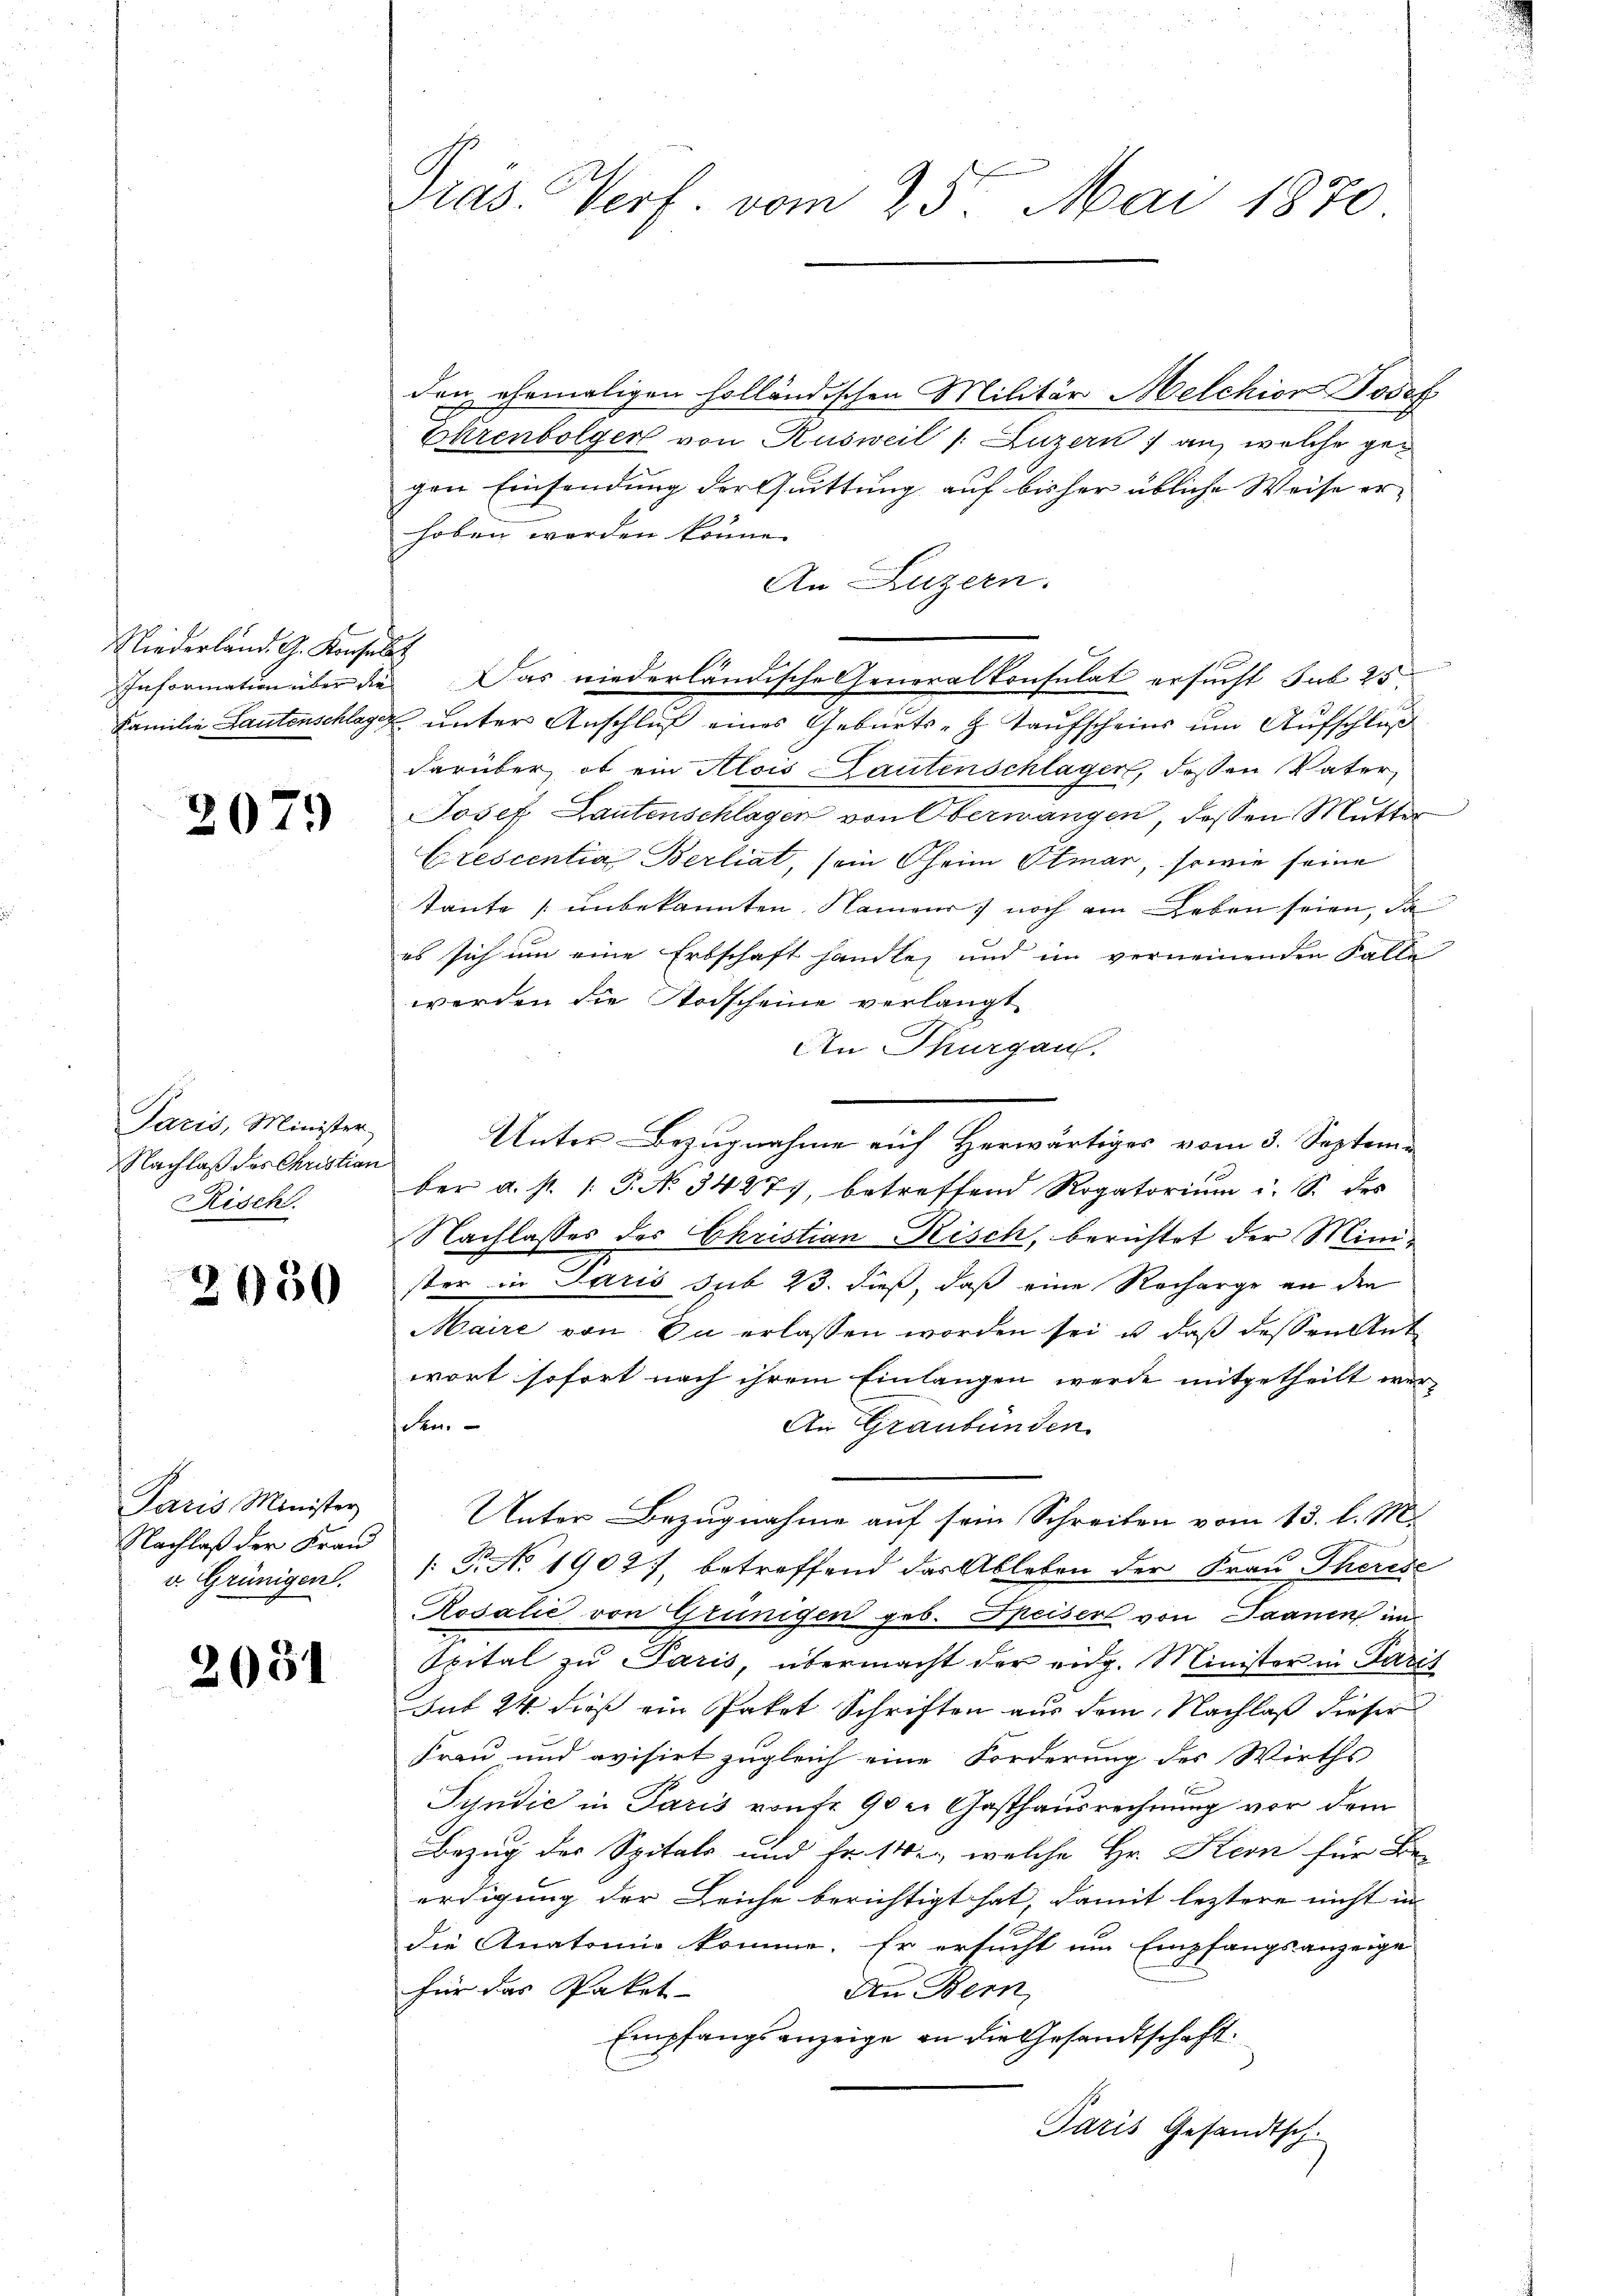
Niederland. G. Konsulat

2079

Paris, Minister-
Nachlaß des Christian
Risch.

2930

Paris Minister
Nachlaß der Fran
v. Grünigen.

2031

Präs. Vorf vom 25. Mai 1870

den ehemaligen holländischen Militär Melchior Josef
Ehrenbolger von Rusweil /: Luzern an, welche gegen Einsendung der Quittung auf bisher übliche Weise erhoben werden könne.
An Luzern.
Familie Lautenschlager unter Anschluß eines Geburts-G. Taufscheins um Aufschluß
darüber ob ein Alois Lautenschlager, dessen Vater
Josef Lautenschlagen von Obermangen, dessen Mutter
Crescentia Berliat, sein Oheim Elmar, sowie seine
tante unbekannten Namens noch am Leben seien, da
es sich um eine Erbschaft handle, und im verneinenden Falle
werden die Todscheine verlangt
An Thurgau.
Unter Bezugnahme auf Herwärtiger vom 3. September a. s. 1. P. N. 34277, betreffend Rogatoriŭm u. S. des
Nachlasses des Christian Risch, berichtet der Minister in Paris sub 23. dieß, daß eine Recharge an den
Maire von Du erlassen worden sei, u. daß dessen Antwort sofort nach ihrem Einlangen werde mitgetheilt werden.
An Graubünden
Unter Bezugnahme auf sein Schreiben vom 13. l. M.
/B. No 1902), betreffend das Ableben der Frau Therese
Rosalie von Grünigen geb. Speiser von Saanen im
Spital zu Paris, übermacht der eidg. Minister in Paris
ut 24 dieß ein Paket Schriften aus dem Nachlaß dieser
Frau und evisirt zugleich eine Forderung des Wirths
Syndić in Paris von fr. 90 er Gasthausrechnung vor dem
Bezug der Spitals und Fr. 14, welche Hr. Kern für Be-
erdigung der Leiche berichtigt hat, damit leztere nicht in
die Anatomie komme. Er ersucht um Empfangsanzeige
für das Paket-
An Bern,
Empfangsanzeige an die Gesandtschaft
Paris Gesandtsch.

Information über die Das niederländische Generalkonsulat ersucht sub 25